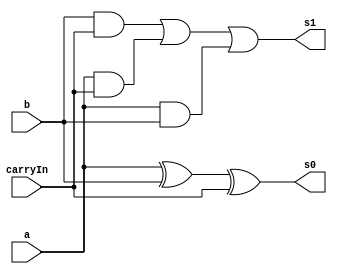
// -------------------------
// Exemplo0021  FULL ADDER
// Nome: Guilherme Moreira Nunes
// -------------------------
// -------------------------
// full adder
// -------------------------
module fullAdder (output s0, output s1, input a, input b, input carryIn);
wire s2, s3, s4, s5;
xor XOR1(s2, a, b);
xor XOR2(s0, s2, carryIn);
and AND1(s3, b, carryIn);
and AND2(s4, a, carryIn);
and AND3(s5, a, b);
or OR1(s1, s3, s4, s5);

endmodule // fullAdder
module test_fullAdder;
// ------------------------- definir dados
reg[0:2] x;
reg[0:2] y;
reg carry;
wire[0:2] soma1;
wire[0:2] soma2;

fullAdder modulo1(soma1[0], soma2[0], x[0], y[0], carry);
fullAdder modulo2(soma1[1], soma2[1], x[1], y[1], carry);
fullAdder modulo3(soma1[2], soma2[2], x[2], y[2], carry);
// ------------------------- parte principal
initial begin
$display("Exemplo0021 - Guilherme Moreira Nunes - 408947");
$display("Test ALUs full adder");
$display(" x     y    ci   s0   s1 ");
#1 x = 7; y = 7; carry = 0;
$monitor("%b + %b + %b  = %b  %b", x, y, carry, soma2, soma1);

#1 x = 5; y = 6; carry = 1;
#1 x = 2; y = 4; carry = 0;
#1 x = 3; y = 1; carry = 1;
// projetar testes do somador complete
end
endmodule // test_fullAdder